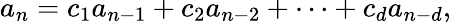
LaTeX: a_{n}=c_{1}a_{n-1}+c_{2}a_{n-2}+\cdots+c_{d}a_{n-d},